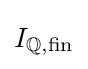
I_{\mathbb {Q} ,{\text{fin}}}